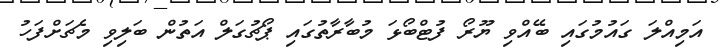
އަމިއްލަ ގައުމުގައި ބޭއްވި ޔޫރޯ ފުޓްބޯޅަ މުބާރާތުގައި ޕޯޗުގަލް އަތުން ބަލިވި މެޗަށްފަހު